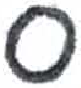
אות: ס